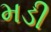
મડી